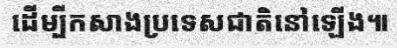
ដើម្បីកសាងប្រទេសជាតិនៅឡើង៕